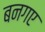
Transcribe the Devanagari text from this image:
बनगए